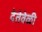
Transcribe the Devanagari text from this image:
देतेवेळी